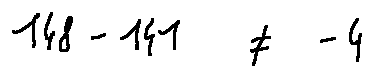
1 4 8 - 1 4 1 \neq - 4